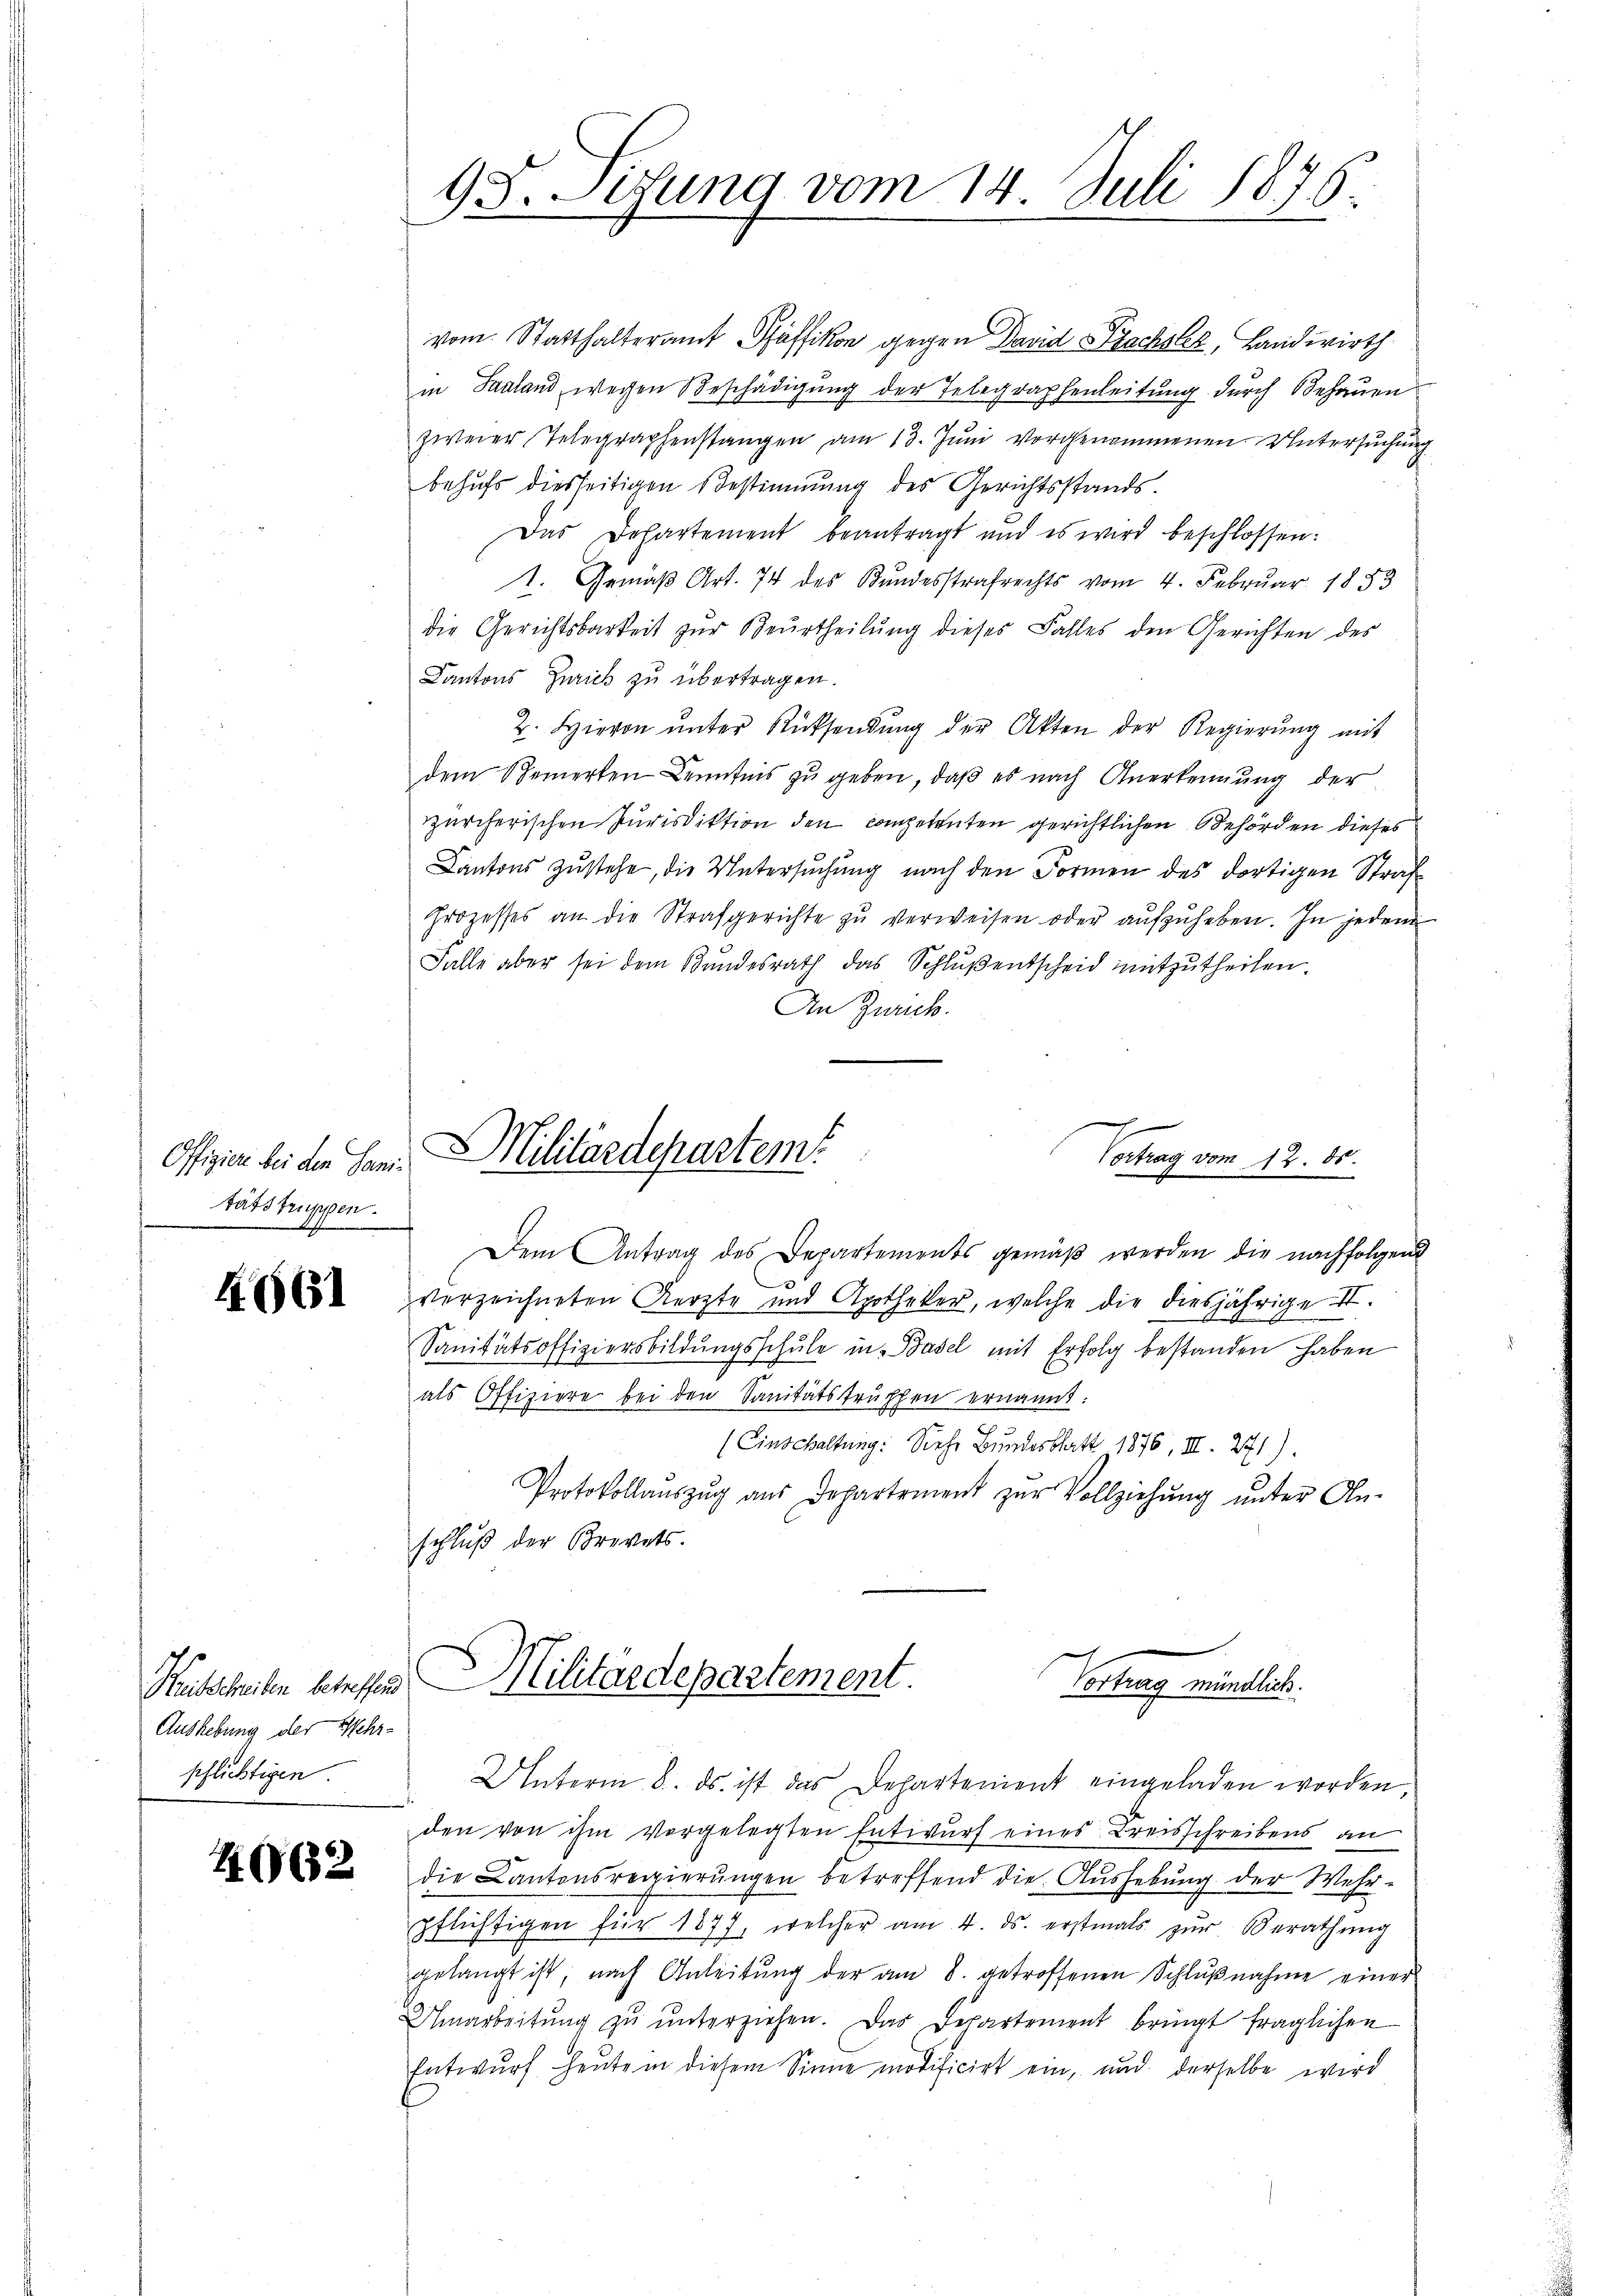
Offizier bei den Sanitätstruppen.

A.661

Aushebung der Wehr¬

4062

vom Statthalteramt Pfäffikon gegen David Sachsler, Landwirth
in Saaland, wegen Beschädigung der Telegraphenleitung durch Behauen
zweier Telegraphenstangen am 13. Juni vorgenommenen Untersuchung
behufs diesseitigen Bestimmung des Gerichtsstands¬
Das Departement beantragt und es wird beschlossen:
1. Gemäß Art. 74 des Bundesstrafrechts vom 4. Februar 1853
die Gerichtsbarkeit zŭr Beurtheilŭng dieses Falles den Gerichten des
Cantons Zürich zu übertragen.
2. Hievon ŭnter Rücksendŭng der Akten der Regierŭng mit
dem Speinerten Kenntnis zŭ geben, daβ es nach Anerkennung der
zürcherischen Purisdiktion den competenten gerichtlichen Behörden dieses
Cantons zustehe, die Untersuchung nach den Formen des dortigen Straf
prozesses an die Strafgerichte zŭ verweisen oder aŭfzŭheben. In jedem
Falle aber sei dem Bundesrath das Schlŭβentscheid mitzutheilen.
An Zürich.
g

98. Sitzung vom 14. Juli 1875.

Dem Antrag des Departements gemäβ werden die nachfolgend
verzeichneten Aerzte und Apotheker, welche die diesjährige II.
Sanitätsoffiziersbildŭngsschŭle in Basel mit Erfolg bestanden haben
als Offiziere bei den Sanitätstruphen ernannt:
(Einschaltung: Siehe Bundesblatt 1876, III. 271).
Protokollaŭszŭg aŭs Departement zŭr Vollziehŭng ŭnter An-
schluß der Brevets.

Militärdepartem
Vortrag vom 12. ds.

Heütschreiben betreffen. Militärdepartement.
Vortrag mündlich.
pflichtigen. Unterm 8. ds. ist das Departement eingeladen worden.

den von ihm vorgelegten Entwurf eines Kreisschreibens an
die Kantonsregierŭngen betreffend die Aŭshebŭng der Wehr-
pflichtigen für 1877, welcher am 4. ds. erstmals zŭr Berathŭng
gelangt ist, nach Anleitung der am 8. getroffenen Schlußnahme einer
Umarbeitŭng zŭ ŭnterziehen. Das Departement bringt fraglichen
Entwurf heute in diesem Sinne modificirt ein, und derselbe wird